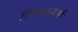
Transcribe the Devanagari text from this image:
जिल्ह्याच्याही